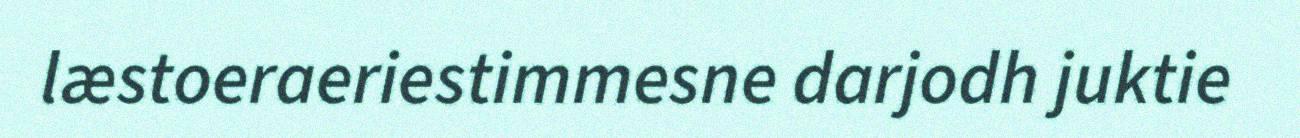
læstoeraeriestimmesne darjodh juktie